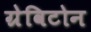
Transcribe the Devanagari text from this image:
ग्रेविटोन